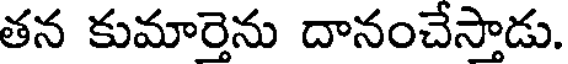
తన కుమార్తెను దానంచేస్తాడు.